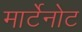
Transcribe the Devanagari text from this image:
मार्टेनोट